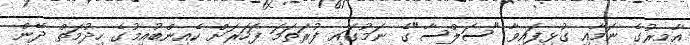
އާމިރުގެ ނަމާއި ގުޅިފައިވާ "ސަލްސާ"ގެ ނަމުގައި ފުރަތަމަ ފަހަރަށް ކެއިންބުއިމުގެ ހިދުމަތް ދޭން